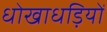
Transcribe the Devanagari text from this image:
धोखाधड़ियों